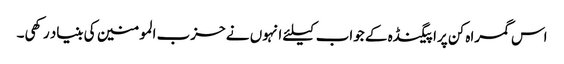
اس گمراہ کن پراپیگنڈہ کے جواب کیلئے انہوں نے حزب المومنین کی بنیاد رکھی۔